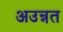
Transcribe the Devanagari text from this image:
अउन्नत